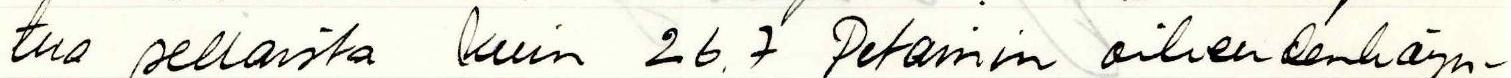
tua sellaista kuin 26.7 Petainin oikeudenkäyn-